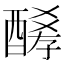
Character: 𨢀